Report on vaccination in Madras 1922-1929 - 1922-1929
Year: 1922
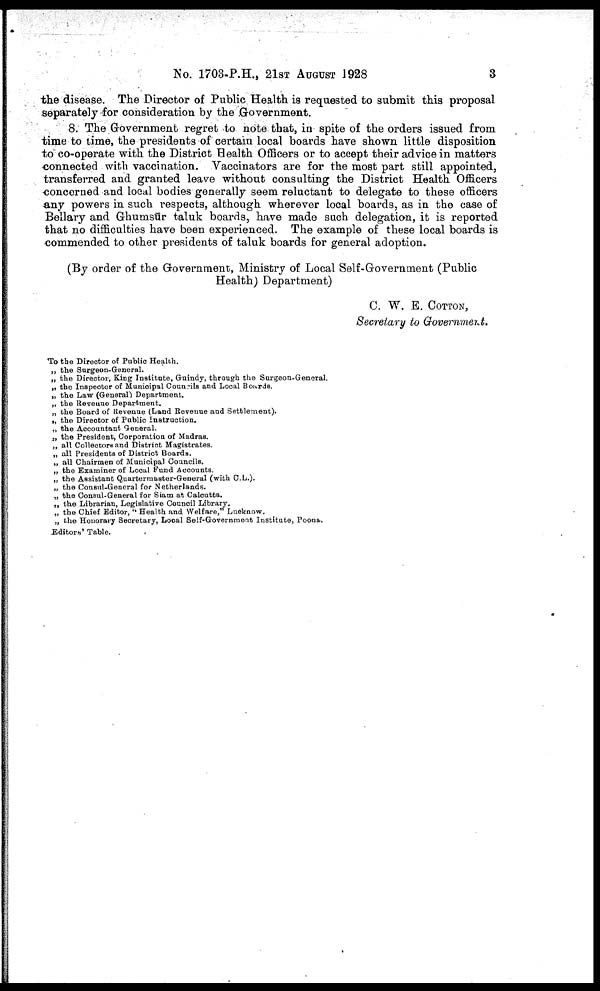
No. 1703-P.H., 21ST AUGUST 1928
3
the disease. The Director of Public Health is requested to submit this proposal
separately for consideration by the Government.
8. The Government regret to note that, in spite of the orders issued from
time to time, the presidents of certain local boards have shown little disposition
to co-operate with the District Health Officers or to accept their advice in matters
connected with vaccination. Vaccinators are for the most part still appointed,
transferred and granted leave without consulting the District Health Officers
concerned and local bodies generally seem reluctant to delegate to these officers
any powers in such respects, although wherever local boards, as in the case of
Bellary and Ghumsūr taluk boards, have made such delegation, it is reported
that no difficulties have been experienced. The example of these local boards is
commended to other presidents of taluk boards for general adoption.
(By order of the Government, Ministry of Local Self-Government (Public
Health) Department)
C. W. E. Cotton,
Secretary to Government.
To the Director of Public Health.
„ the Surgeon-General.
„ the Director, King Institute, Guindy, through the Surgeon-General.
„ the Inspector of Municipal Councils and Local Boards.
„ the Law (General) Department.
„ the Revenue Department.
„ the Board of Revenue (Land Revenue and Settlement).
„ the Director of Public Instruction.
„ the Accountant General.
„ the President, Corporation of Madras.
„ all Collectors and District Magistrates.
„ all Presidents of District Boards.
„ all Chairmen of Municipal Councils.
„ the Examiner of Local Fund Accounts.
„ the Assistant Quartermaster-General (with C.L.).
„ the Consul-General for Netherlands.
„ the Consul-General for Siam at Calcutta.
„ the Librarian, Legislative Council Library.
„ the Chief Editor, " Health and Welfare," Lucknow.
„ the Honorary Secretary, Local Self-Government Institute, Poona.
Editors' Table.